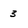
Character: 3